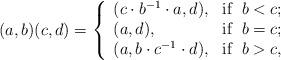
LaTeX: \begin{align*} (a,b)(c,d)= \left\{ \begin{array}{ll} (c\cdot b^{-1}\cdot a,d), & \hbox{if } \; b<c;\\ (a,d), & \hbox{if } \; b=c; \\ (a,b\cdot c^{-1}\cdot d), & \hbox{if } \; b>c, \end{array} \right. \end{align*}